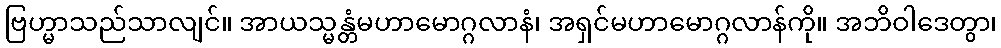
ဗြဟ္မာသည်သာလျင်။ အာယသ္မန္တံမဟာမောဂ္ဂလာနံ၊ အရှင်မဟာမောဂ္ဂလာန်ကို။ အဘိဝါဒေတွာ၊